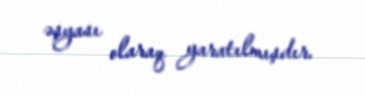
əşyası olaraq yaratılmışdır.